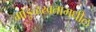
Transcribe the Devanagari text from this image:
गांडुळखतामधील